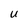
Character: U